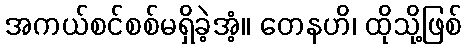
အကယ်စင်စစ်မရှိခဲ့အံ့။ တေနဟိ၊ ထိုသို့ဖြစ်